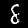
Digit: 8